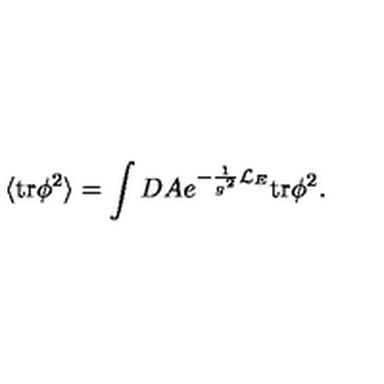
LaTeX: \langle \mathrm { t r } \phi ^ { 2 } \rangle = \int D A e ^ { - \frac { 1 } { g ^ { 2 } } { \cal L } _ { E } } \mathrm { t r } \phi ^ { 2 } .